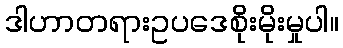
ဒါဟာတရားဥပဒေစိုးမိုးမှုပါ။